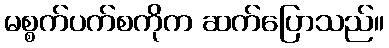
မစ္စက်ပက်စကိုက ဆက်ပြောသည်။